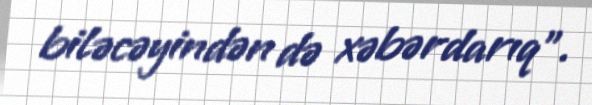
biləcəyindən də xəbərdarıq".